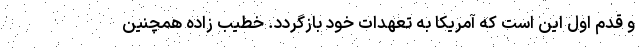
و قدم اول این است که آمریکا به تعهدات خود بازگردد. خطیب زاده همچنین